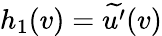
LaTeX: h_{1}(v)=\widetilde{u^{\prime}}(v)